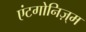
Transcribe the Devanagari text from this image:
एंटगोनिज़्म